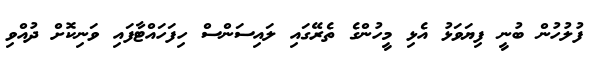
ފުލުހުން ބުނީ ފިޔަވަޅު އެޅި މީހުންގެ ތެރޭގައި ލައިސަންސް ހިފަހައްޓާފައި ވަނިކޮށް ދުއްވި